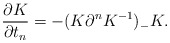
\begin{align*}\frac{\partial K}{\partial t_n} =-( K\partial^n K^{-1})_- K.\end{align*}